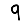
Digit: 9